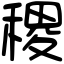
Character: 稷